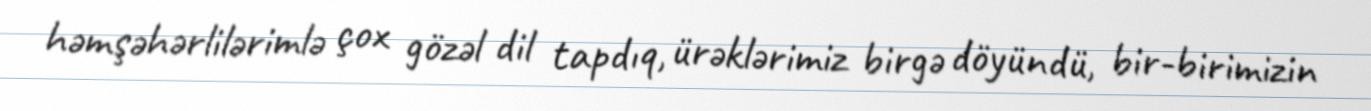
həmşəhərlilərimlə çox gözəl dil tapdıq, ürəklərimiz birgə döyündü, bir-birimizin